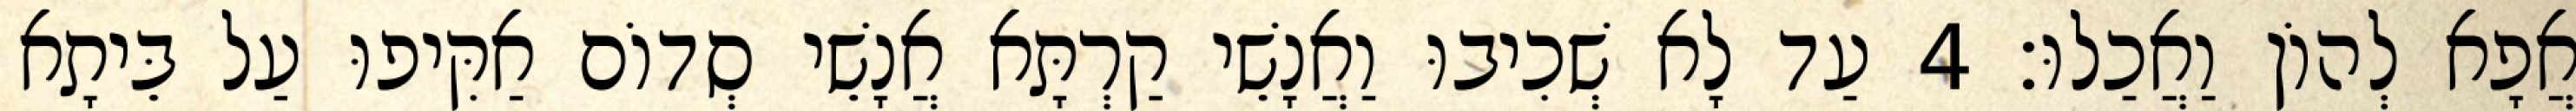
אֲפָא לְהוֹן וַאֲכַלוּ׃ 4 עַד לָא שְׁכִיבוּ וַאֲנָשֵׁי קַרְתָּא אֲנָשֵׁי סְדוֹם אַקִּיפוּ עַל בֵּיתָא